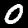
Label: 0